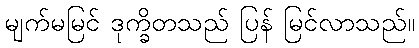
မျက်မမြင် ဒုက္ခိတသည် ပြန် မြင်လာသည်။